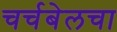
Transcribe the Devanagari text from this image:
चर्चबेलचा